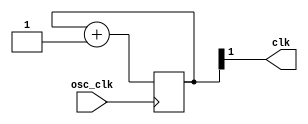

module pll(
    input  wire osc_clk,
    output wire clk
    );

    reg [1:0] cntr;

    initial cntr = 0;

    always @(posedge osc_clk)
        cntr <= cntr + 1;

    assign clk = cntr[1];

endmodule